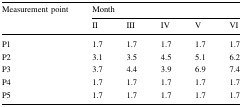
| <ROWSPAN=2> Measurement point | <COLSPAN=5> Month |
 | II | III | IV | V | VI |
 | --- | --- | --- | --- | --- | --- |
 | P1 | 1.7 | 1.7 | 1.7 | 1.7 | 1.7 |
 | P2 | 3.1 | 3.5 | 4.5 | 5.1 | 6.2 |
 | P3 | 3.7 | 4.4 | 3.9 | 6.9 | 7.4 |
 | P4 | 1.7 | 1.7 | 1.7 | 1.7 | 1.7 |
 | P5 | 1.7 | 1.7 | 1.7 | 1.7 | 1.7 |